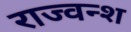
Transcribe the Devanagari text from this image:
राज्वन्श